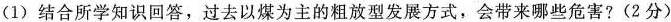
(1)结合所学知识回答，过去以煤为主的粗放型发展方式，会带来哪些危害?(2分)